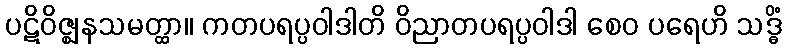
ပဋိဝိဇ္ဈနသမတ္ထာ။ ကတပရပ္ပဝါဒါတိ ဝိညာတပရပ္ပဝါဒါ စေဝ ပရေဟိ သဒ္ဓိံ